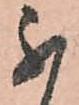
不